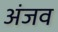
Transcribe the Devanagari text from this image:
अंजव